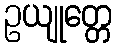
ဥယျုတ္တေ